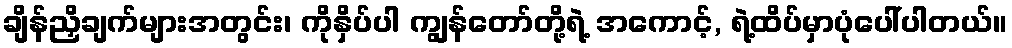
ချိန်ညှိချက်များအတွင်း၊ ကိုနှိပ်ပါ ကျွန်တော်တို့ရဲ့ အကောင့်, ရဲ့ထိပ်မှာပုံပေါ်ပါတယ်။